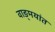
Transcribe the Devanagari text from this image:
वाङ्‌मयांत